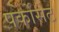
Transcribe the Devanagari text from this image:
पर्कोसेट